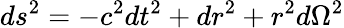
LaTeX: ds^{2}=-c^{2}dt^{2}+dr^{2}+r^{2}d\Omega^{2}